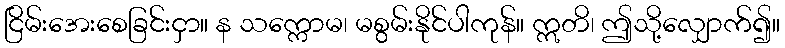
ငြိမ်းအေးစေခြင်းငှာ။ န သက္ကောမ၊ မစွမ်းနိုင်ပါကုန်။ ဣတိ၊ ဤသို့လျှောက်၍။